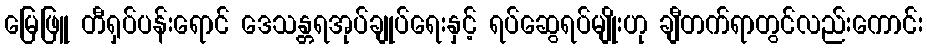
မြေဖြူ တီရှပ်ပန်းရောင် ဒေသန္တရအုပ်ချုပ်ရေးနှင့် ရပ်ဆွေရပ်မျိုးဟု ချီတက်ရာတွင်လည်းကောင်း